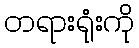
တရားရုံးကို